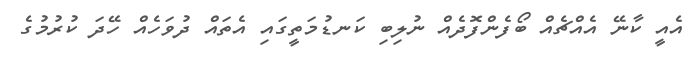
އެއީ ކާނޭ އެއްޗެއް ބޯފެންފޮދެއް ނުލިބި ކަނޑުމަތީގައި އެތައް ދުވަހެއް ހޭދަ ކުރުމުގެ